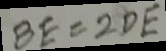
B E = 2 D E